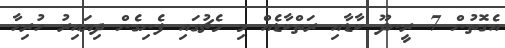
އެގޮތުން 7 ރީނދޫ ކާޑާއި ރަތްކާޑެއް މި މެޗުގައި ފެނިގެން ދިޔައިރު ހުރިހާ